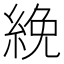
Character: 絻